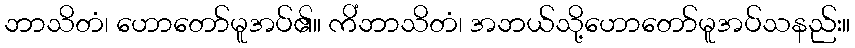
ဘာသိတံ၊ ဟောတော်မူအပ်၏။ ကိံဘာသိတံ၊ အဘယ်သို့ဟောတော်မူအပ်သနည်း။